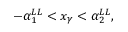
- \alpha _ { 1 } ^ { L L } < x _ { \gamma } < \alpha _ { 2 } ^ { L L } ,